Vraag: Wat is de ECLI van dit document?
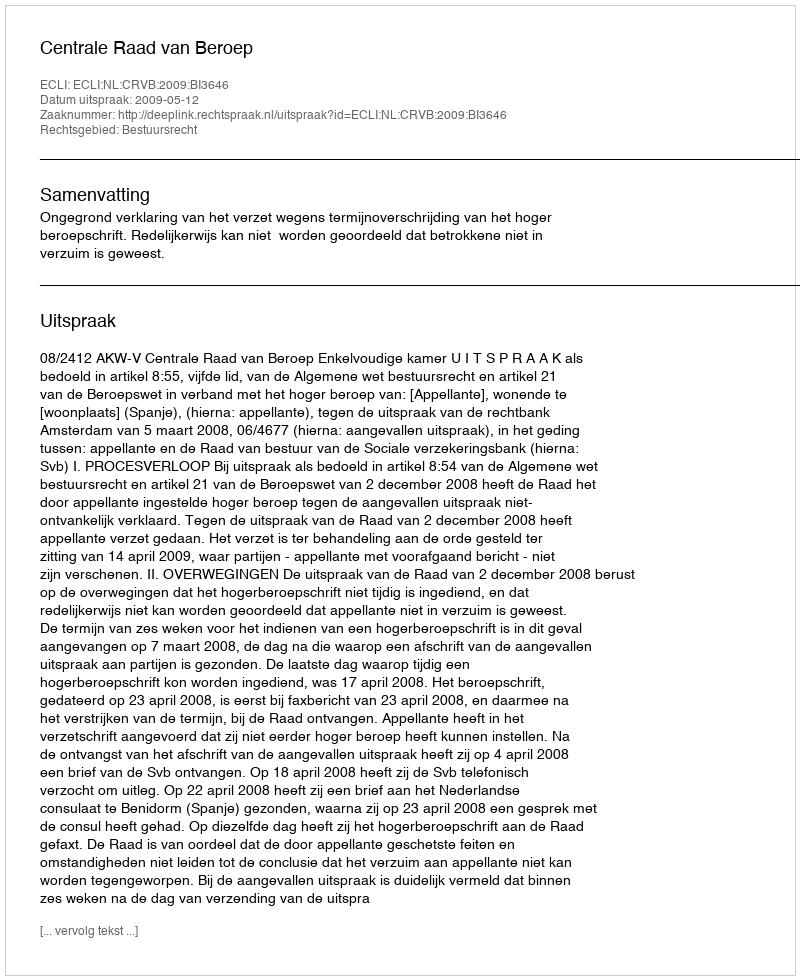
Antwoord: ECLI:NL:CRVB:2009:BI3646